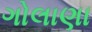
ગોલાણા